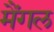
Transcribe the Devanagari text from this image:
मैंगल